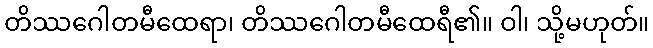
တိဿဂေါတမီထေရာ၊ တိဿဂေါတမီထေရီ၏။ ဝါ၊ သို့မဟုတ်။